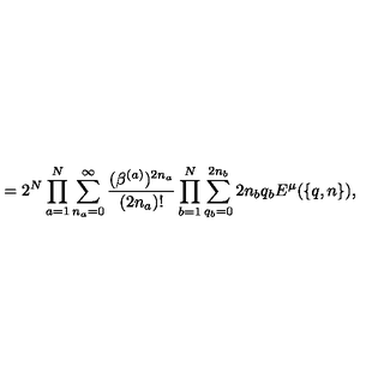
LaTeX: = 2 ^ { N } \prod _ { a = 1 } ^ { N } \sum _ { n _ { a } = 0 } ^ { \infty } \frac { ( \beta ^ { ( a ) } ) ^ { 2 n _ { a } } } { ( 2 n _ { a } ) ! } \prod _ { b = 1 } ^ { N } \sum _ { q _ { b } = 0 } ^ { 2 n _ { b } } { \binom { 2 n _ { b } } { q _ { b } } } E ^ { \mu } ( \{ q , n \} ) ,